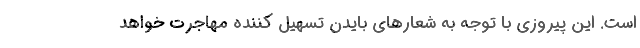
است. این پیروزی با توجه به شعارهای بایدن تسهیل کننده مهاجرت خواهد